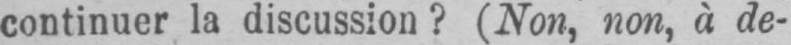
continuer la discussion? (Non, non, à de-